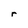
Character: r